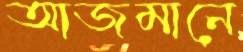
আজমানে